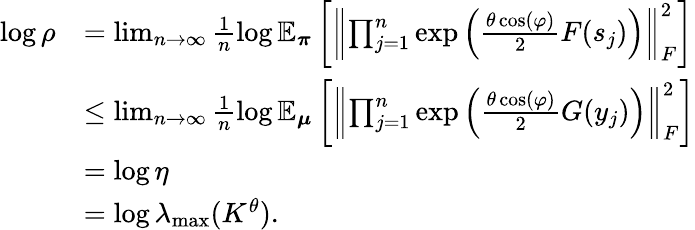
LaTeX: \begin{array}{rl}{\log\rho}&{=\operatorname*{lim}_{n\to\infty}\frac{1}{n}\log\mathbb{E}_{\boldsymbol\pi}\left[\left\lVert\prod_{j=1}^{n}\exp\left(\frac{\theta\cos(\varphi)}{2}F(s_{j})\right)\right\rVert_{F}^{2}\right]}\\ &{\leq\operatorname*{lim}_{n\to\infty}\frac{1}{n}\log\mathbb{E}_{\boldsymbol\mu}\left[\left\lVert\prod_{j=1}^{n}\exp\left(\frac{\theta\cos(\varphi)}{2}G(y_{j})\right)\right\rVert_{F}^{2}\right]}\\ &{=\log\eta}\\ &{=\log\lambda_{\mathrm{max}}(K^{\theta}).}\end{array}